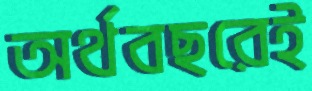
অর্থবছরেই